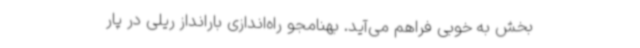
بخش به خوبی فراهم می‌آید. بهنامجو راه‌اندازی بارانداز ریلی در پار